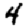
Digit: 4